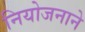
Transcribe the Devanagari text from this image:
नियोजनाने